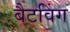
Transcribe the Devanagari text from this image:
बैटविंग